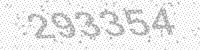
Solution: 293354